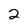
Character: 2